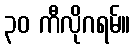
၃၀ ကီလိုဂရမ်။